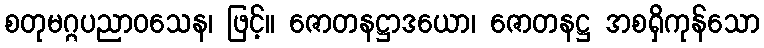
စတုမဂ္ဂပညာဝသေန၊ ဖြင့်။ ဇောတနဋ္ဌာဒယော၊ ဇောတနဋ္ဌ အစရှိကုန်သော